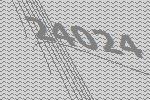
24024